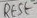
Text: RESET